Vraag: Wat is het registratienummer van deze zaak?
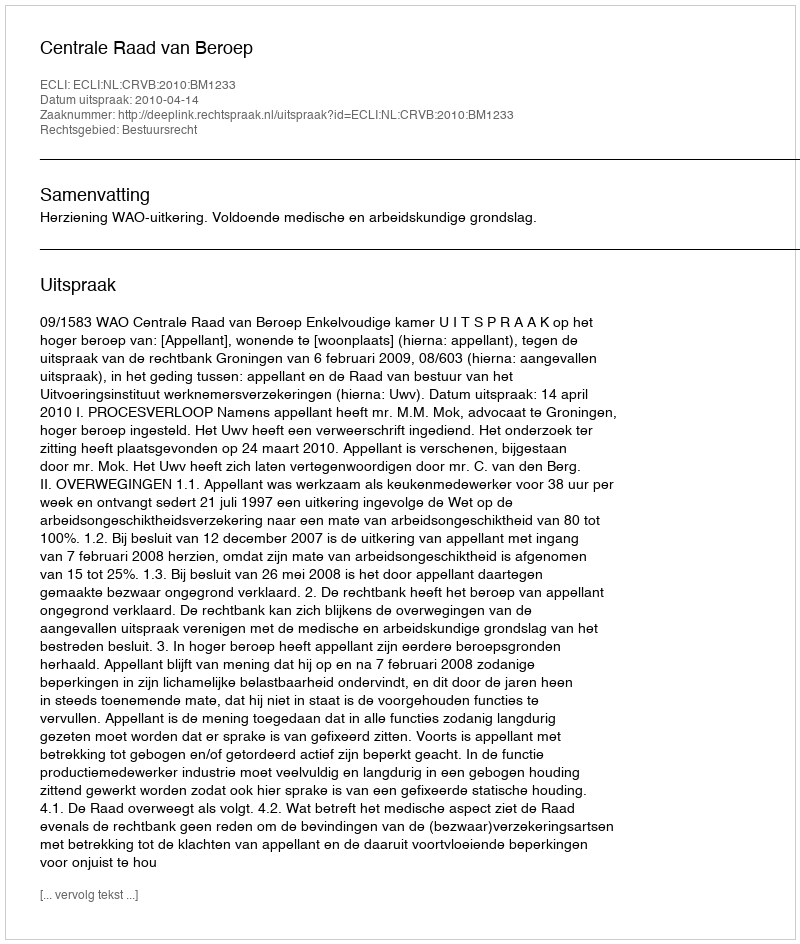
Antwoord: http://deeplink.rechtspraak.nl/uitspraak?id=ECLI:NL:CRVB:2010:BM1233